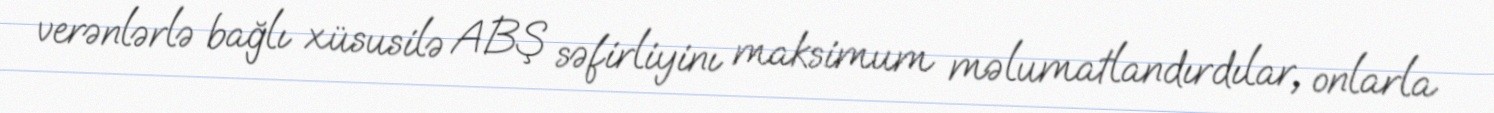
verənlərlə bağlı xüsusilə ABŞ səfirliyinı maksimum məlumatlandırdılar, onlarla